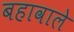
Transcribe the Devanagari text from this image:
बहावाले